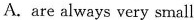
A.are always very small